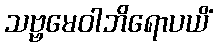
သဗ္ဗမေဝါဘိရောပယိံ